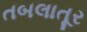
તબલાતૂર